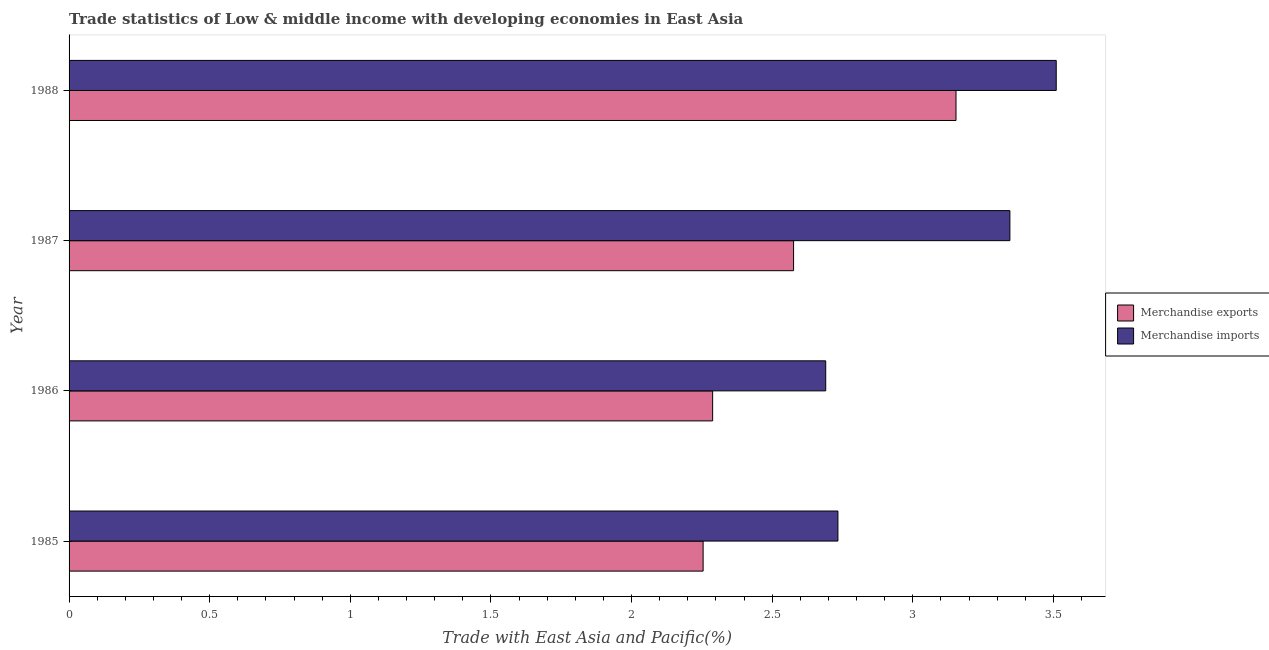
| Year | Merchandise exports | Merchandise imports |
 | --- | --- | --- |
 | 1985 | 2.25 | 2.73 |
 | 1986 | 2.29 | 2.69 |
 | 1987 | 2.58 | 3.35 |
 | 1988 | 3.15 | 3.51 |